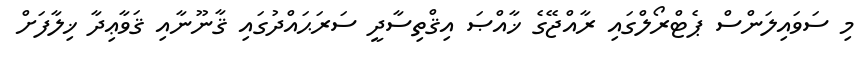
މި ސަވައިލަންސް ޕެޓްރޯލްގައި ރާއްޖޭގެ ޚާއްޞަ އިޤްތިސާދީ ސަރަޙައްދުގައި ޤާނޫނާއި ޤަވާޢިދާ ޚިލާފަށް